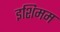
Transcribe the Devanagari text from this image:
इशिमम